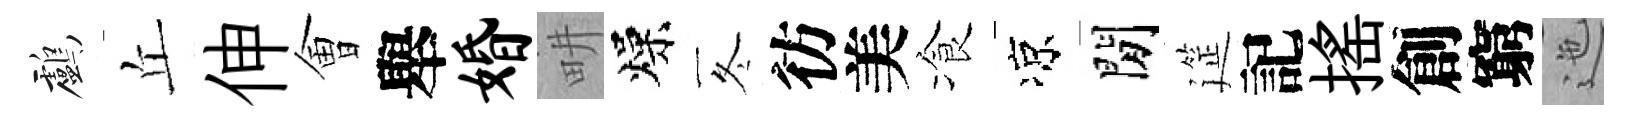
鸕丘伸㑹舉婚畊燥冬彷美飡凉閒筵記揺創窮迤